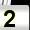
Digit: 2